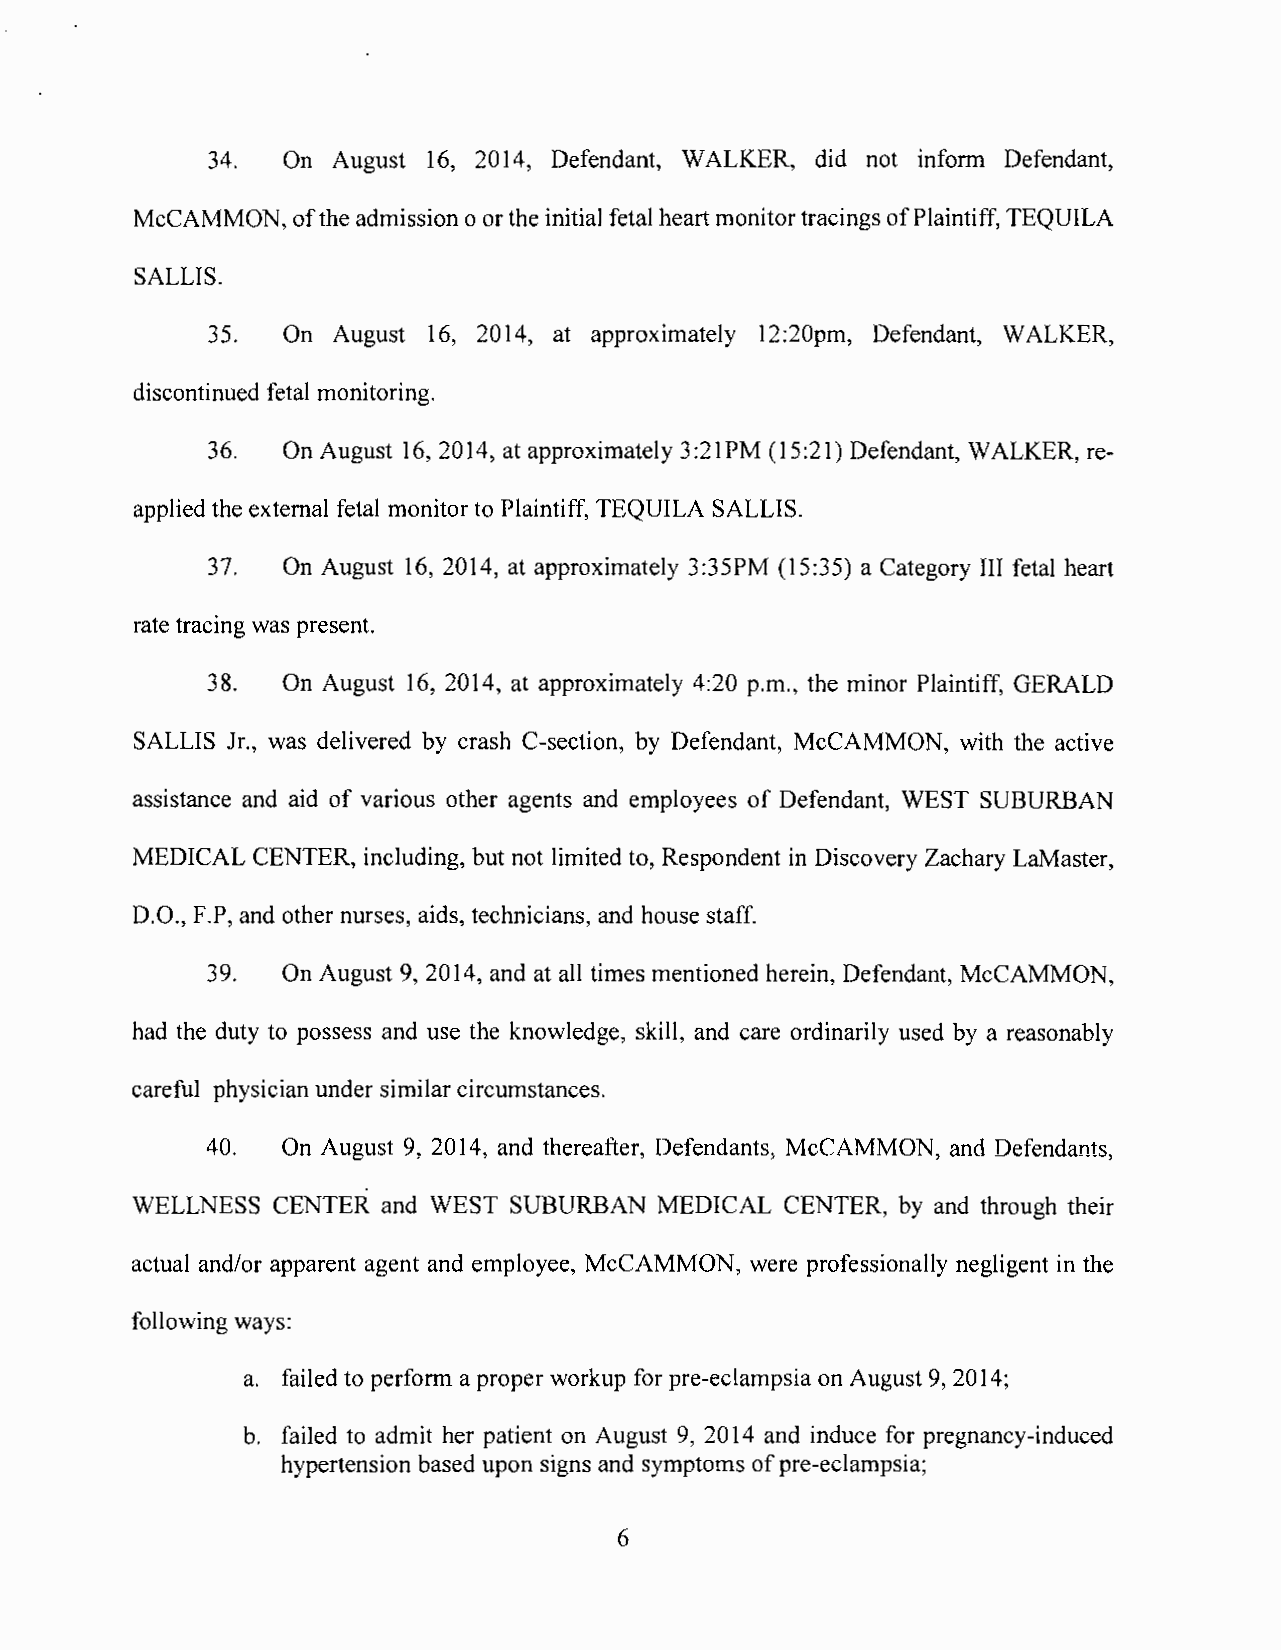
34.  On August 16, 2014, Defendant, WALKER, did not inform Defendant,
 McCAMMON, of the admission o or the initial fetal heart monitor tracings of Plaintiff, TEQUILA
 SALLIS.
 35.  On August 16, 2014, at approximately 12:20pm, Defendant, WALKER,
 discontinued fetal monitoring.
 36.  On August 16, 2014, at approximately 3:21PM ( 15:21) Defendant, WALKER, re-
 applied the external fetal monitor to Plaintiff, TEQUILA SALLIS.
 37.  On August 16, 2014, at approximately 3:35PM (15:35) a Category III fetal heart
 rate tracing was present.
 38.  On August 16, 2014, at approximately 4:20p.m., the minor Plaintiff, GERALD
 SALLIS Jr., was delivered by crash C-section, by Defendant, McCAMMON, with the active
 assistance and aid of various other agents and employees of Defendant, WEST SUBURBAN
 MEDICAL CENTER, including, but not limited to, Respondent in Discovery Zachary LaMaster,
 D.O., F.P, and other nurses, aids, technicians, and house staff.
 39.  On August 9, 2014, and at all times mentioned herein, Defendant, McCAMMON,
 had the duty to possess and use the knowledge, skill, and care ordinarily used by a reasonably
 careful physician under similar circumstances.
 40.  On August 9, 2014, and thereafter, Defendants, McCAMMON, and Defendants,
 WELLNESS CENTER and WEST SUBURBAN  MEDICAL CENTER, by and through their
 actual and/or apparent agent and employee, McCAMMON, were professionally negligent in the
 following ways:
 a. failed to perform a proper workup for pre-eclampsia on August 9, 2014;
 b. failed to admit her patient on August 9, 2014 and induce for pregnancy-induced
 hypertension based upon signs and symptoms of pre-eclampsia;
 6